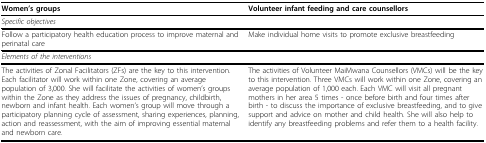
<table><thead><tr><td><b>Women&#x27;s groups</b></td><td><b>Volunteer infant feeding and care counsellors</b></td></tr></thead><tbody><tr><td><i>Specific objectives</i></td><td></td></tr><tr><td>Follow a participatory health education process to improve maternal and perinatal care</td><td>Make individual home visits to promote exclusive breastfeeding</td></tr><tr><td><i>Elements of the interventions</i></td><td></td></tr><tr><td>The activities of Zonal Facilitators (ZFs) are the key to this intervention. Each facilitator will work within one Zone, covering an average population of 3,000. She will facilitate the activities of women&#x27;s groups within the Zone as they address the issues of pregnancy, childbirth, newborn and infant health. Each women&#x27;s group will move through a participatory planning cycle of assessment, sharing experiences, planning, action and reassessment, with the aim of improving essential maternal and newborn care.</td><td>The activities of Volunteer MaiMwana Counsellors (VMCs) will be the key to this intervention. Three VMCs will work within one Zone, covering an average population of 1,000 each. Each VMC will visit all pregnant mothers in her area 5 times - once before birth and four times after birth - to discuss the importance of exclusive breastfeeding, and to give support and advice on mother and child health. She will also help to identify any breastfeeding problems and refer them to a health facility.</td></tr></tbody></table>